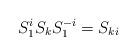
LaTeX: \begin{align*}S^i_1 S_k S^{-i}_1=S_{ki}\end{align*}